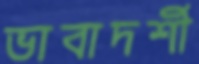
ভাবাদর্শী